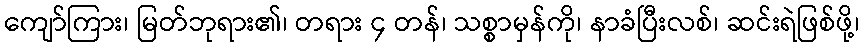
ကျော်ကြား၊ မြတ်ဘုရား၏၊ တရား ၄ တန်၊ သစ္စာမှန်ကို၊ နာခံပြီးလစ်၊ ဆင်းရဲဖြစ်ဖို့၊